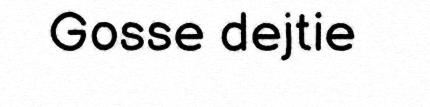
Gosse dejtie